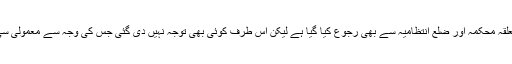
انہوں نے کہاکہ سڑک کی خستہ حالت کو لے کر متعدد بار متعلقہ محکمہ اور ضلع انتظامیہ سے بھی رجوع کیا گیا ہے لیکن اس طرف کوئی بھی توجہ نہیں دی گئی جس کی وجہ سے معمولی سی بارش کی وجہ سے سڑک پر چلنا انتہائی مشکل ہوجا تا ہے ۔